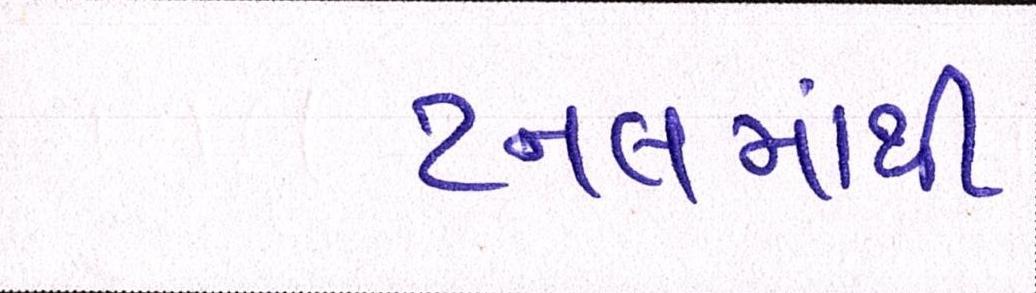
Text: ટનલમાંથી